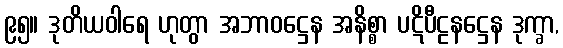
၉၅။ ဒုတိယဝါရေ ဟုတွာ အဘာဝဋ္ဌေန အနိစ္စာ ပဋိပီဠနဋ္ဌေန ဒုက္ခာ,